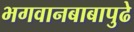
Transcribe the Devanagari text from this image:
भगवानबाबापुढे